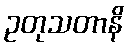
ဥတုသတာနိ